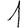
Digit: 1